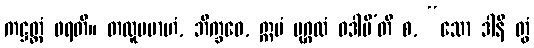
ကဋ္ဌတ္ထံ ဖရတိ။ တထူပမာဟံ, ဘိက္ခဝေ, ဣမံ ပုဂ္ဂလံ ဝဒါမီ’တိ စ, “သော ဒါနိ တွံ